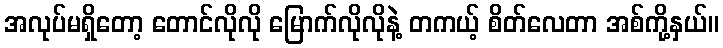
အလုပ်မရှိတော့ တောင်လိုလို မြောက်လိုလိုနဲ့ တကယ့် စိတ်လေတာ အစ်ကို့နှယ်။